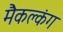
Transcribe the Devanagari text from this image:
मैकक्लंग